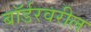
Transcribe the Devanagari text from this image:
बॉर्डरवरील